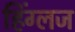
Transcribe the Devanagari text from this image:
हिंग्लज